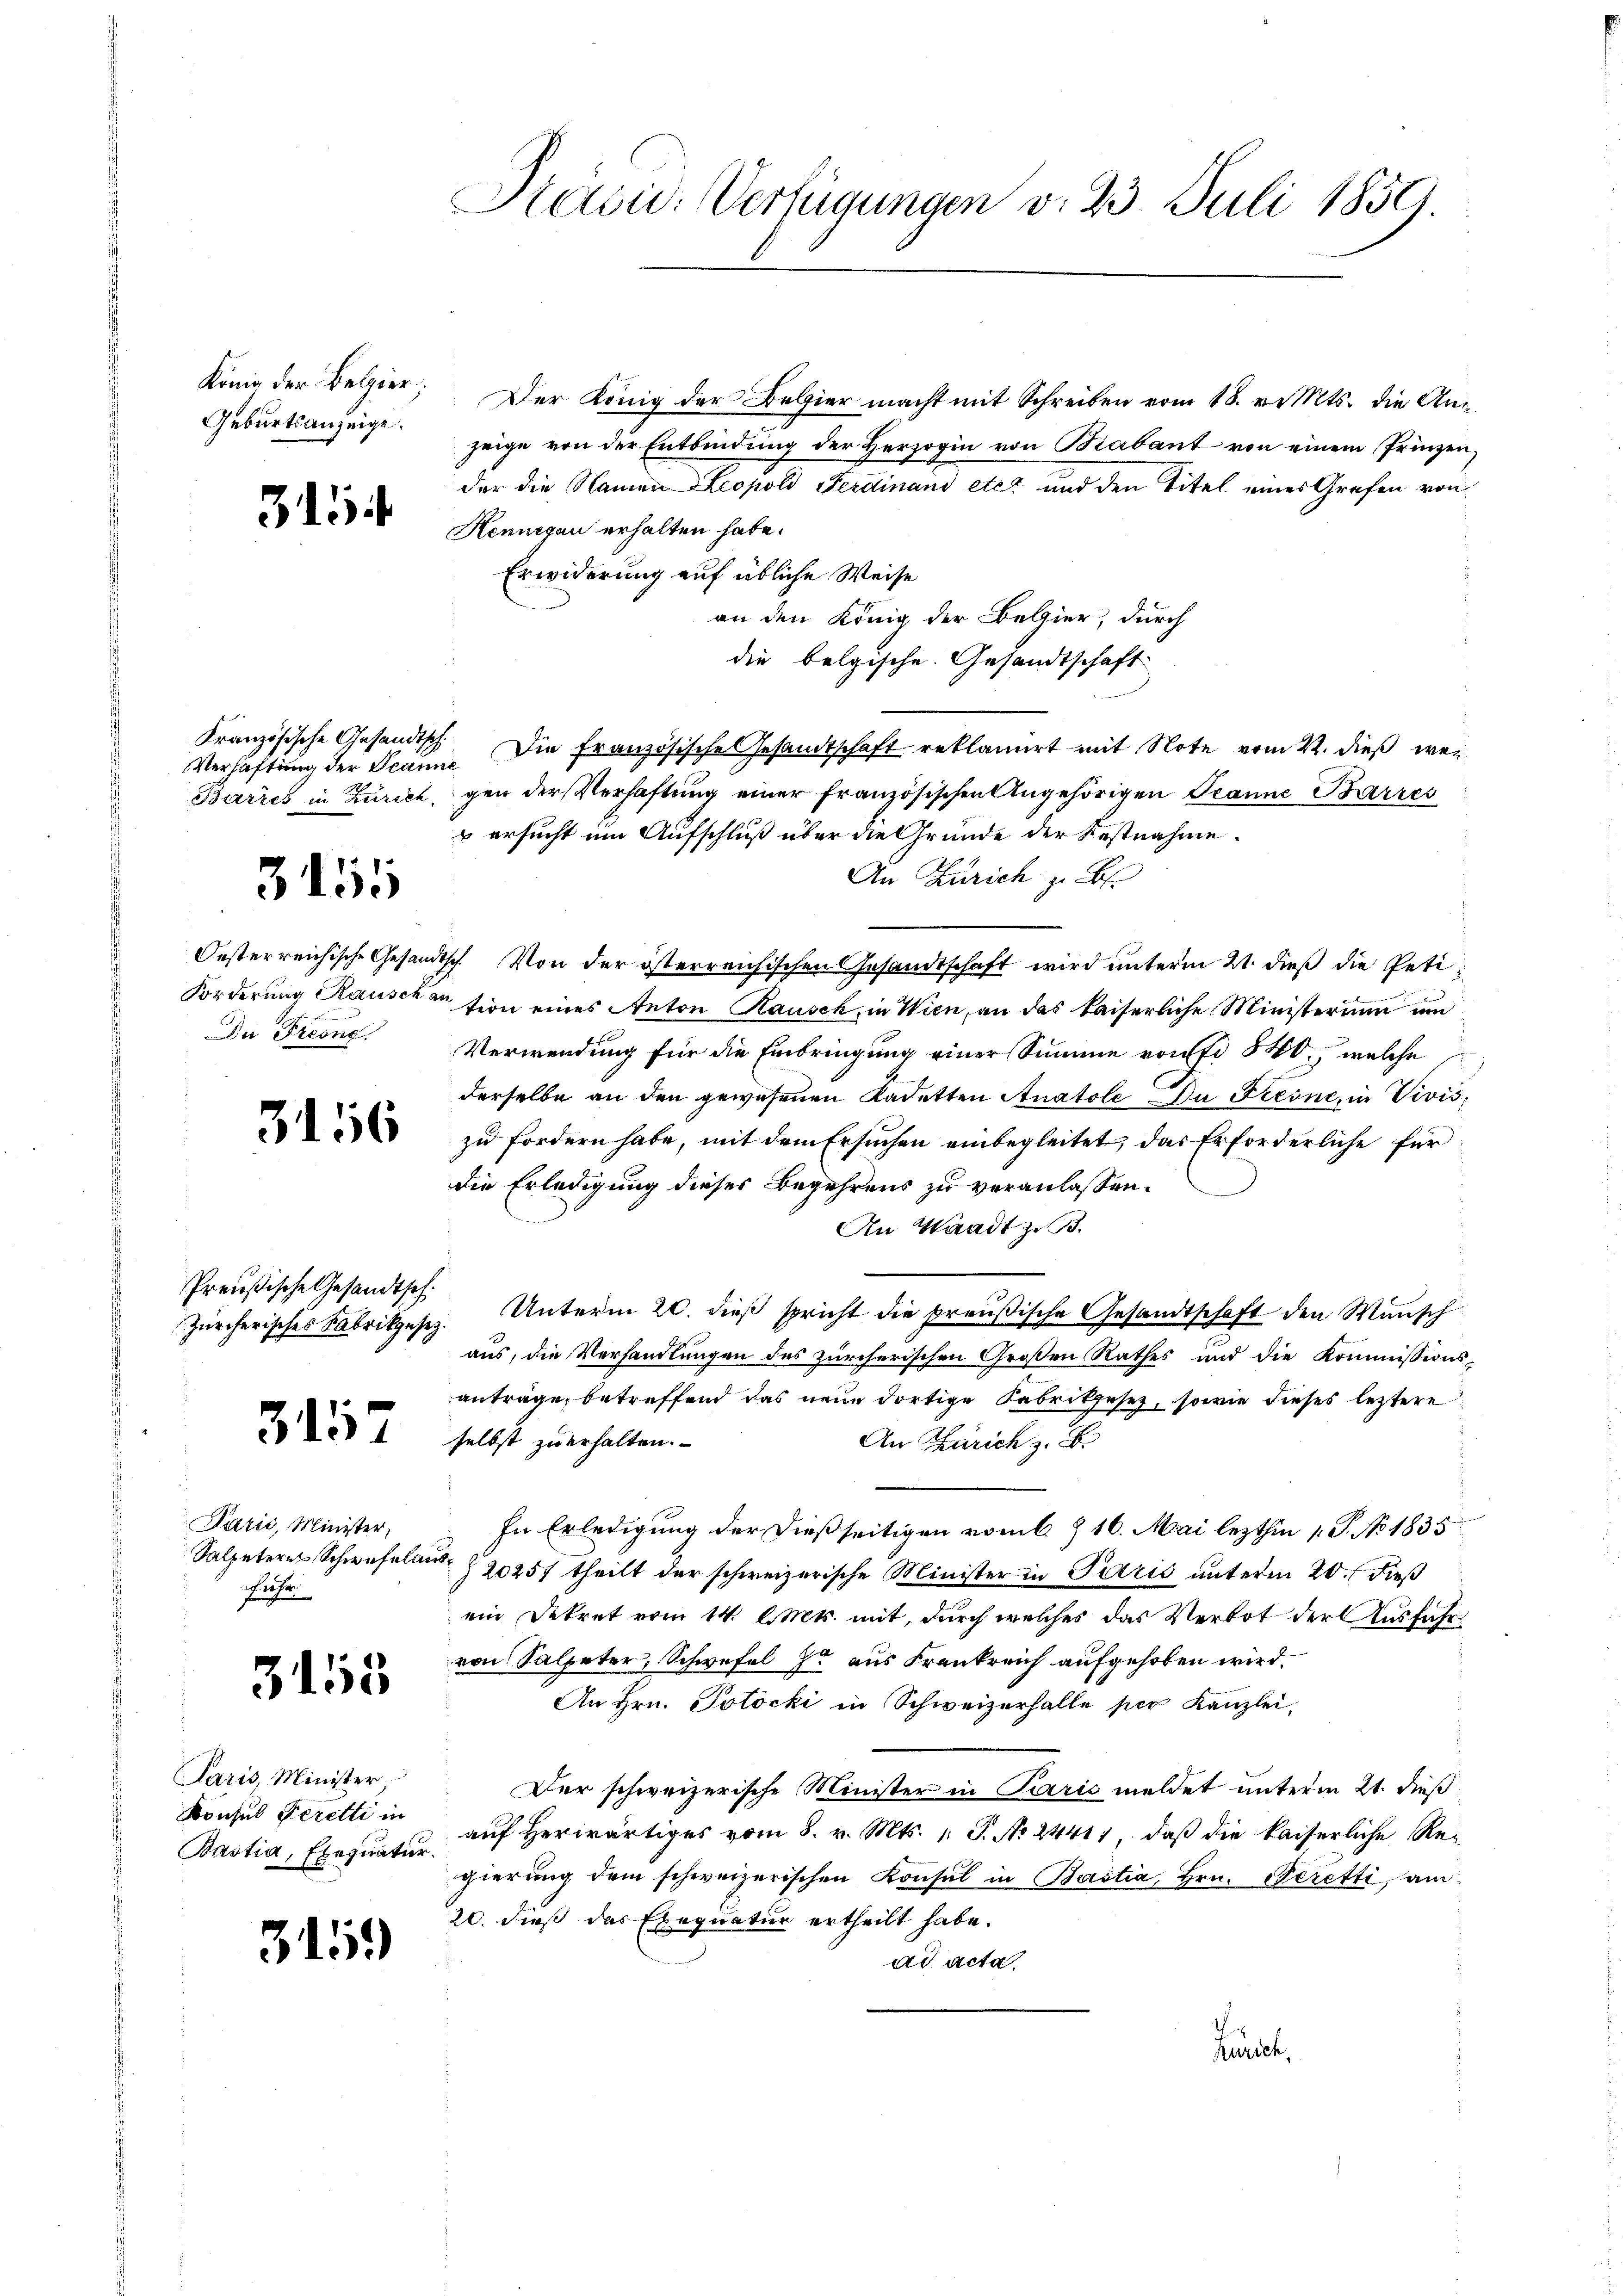
König der Belgier;
Geburtsanzeige.

315

Französische Gesandtsch

3455

Dn Freung

3156

Preußische Gesandtsch.

315

Párić, Minister,
Salpeteres Schwefeln
fche

3155

Paris, Minister
Konsul Feretti in
Bastia, Exequatur.

3159

Pašid: Verfügungen v. 23. Juli 1859.

Der König der Belgier macht mit Schreiben vom 18. v. Mts. die Anzeige von der Entbindung der Herzogin von Babant von einem Prinzen,
der die Namen Leopold Ferdinand etc. und den Titel eines Grafen von
Hennigen erhalten habe.
Erwiderung auf übliche Weise
an den König der Belier, durch
die belgische Gesandtschaft
Verhaftung der Scan. Die französische Gesandtschaft reklamirt mit Note vom 4. dieß, wei
Baries in Zürich, gen der Verhaftung einer französischen Angehörigen Jeanne Barres
u ersucht um Aufschluß über die Grunde der Restnahme.
An Zürich zu Bl.
Oesterreichische Gesandtsch. Von der österreichischen Gesandtschaft wird unterm 21. dieß die Peti¬
Forderung Rauschension eines Anton Rausch, in Wien, an das kaiserliche Ministerium um
Verwendung für die Einbringung einer Summe von 540, welche
derselbe an den gewesenen Kadetten Anatole In Fresne, in Vivis,
zu fordern habe, mit dem Ersuchen einbegleitet, das Erforderliche für
die Erledigung dieses Begehrens zu veranlassen.
An Waadt z.
Zürcherisches Fabrikgesez. Unterm 20. dieβ spricht die preußische Gesandtschaft den Wunsch
aus, die Verhandlungen des zürcherischen Großen Rathes und die Kommissionsanträge, betreffend das neue dortige Fabrikgesetz, sowie dieses leztere
selbst zu erhalten.
An Zürich z. B.
In Erledigung der dießseitigen vom 6. & 16. Mai lezthin 1. P. No. 1835
N. § 20257 theilt der schweizerische Minister in Paris unterm 20. dieß
ein Dekret vom 14. l. Mts. mit, durch welches das Verbot der Ausführ
von Salpeter, Schwefel Er aus Frankreich aufgehoben wird.
An Hrn. Jotocki in Schweizerhalle per Kanzlei,
Der schweizerische Minister in Paris meldet unterm 21. dieß
auf herwärtiges vom 8. v. Mts. 1. S. No. 24411, daß die kaiserliche Regierung dem schweizerischen Konsul in Bastia, Hrn. Peretti, am
20. dieß das Exequatur ertheilt habe.
ad acta
Buch,